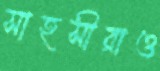
সাহসীরাও